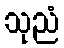
သုညံ